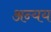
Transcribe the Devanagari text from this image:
अन्यय